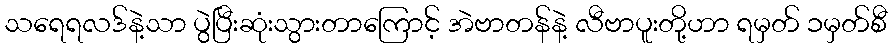
သရေရလဒ်နဲ့သာ ပွဲပြီးဆုံးသွားတာကြောင့် အဲဗာတန်နဲ့ လီဗာပူးတို့ဟာ ရမှတ် ၁မှတ်စီ